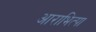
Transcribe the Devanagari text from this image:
आराभित्पा